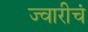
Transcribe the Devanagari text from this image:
ज्वारीचं